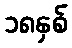
၁၈နှစ်